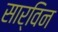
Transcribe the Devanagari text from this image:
सार्विन